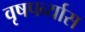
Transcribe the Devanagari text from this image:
वृषपर्व्यास